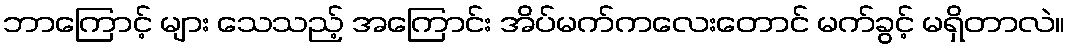
ဘာကြောင့် များ သေသည့် အကြောင်း အိပ်မက်ကလေးတောင် မက်ခွင့် မရှိတာလဲ။